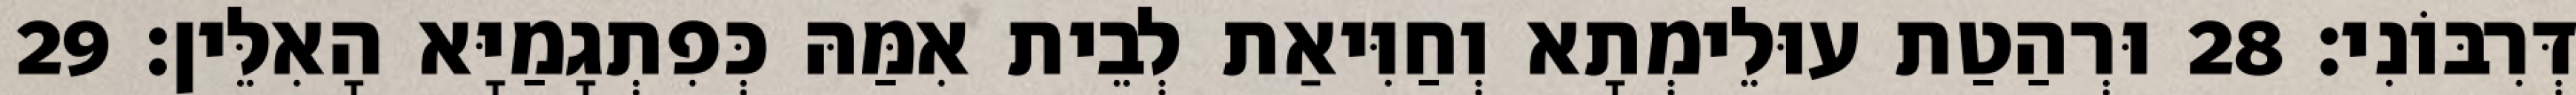
דְּרִבּוֹנִי׃ 28 וּרְהַטַת עוּלֵימְתָא וְחַוִּיאַת לְבֵית אִמַּהּ כְּפִתְגָמַיָּא הָאִלֵּין׃ 29